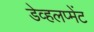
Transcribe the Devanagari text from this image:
डेव्हलप्मेंट